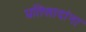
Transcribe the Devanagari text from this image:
प्रतिसादांना